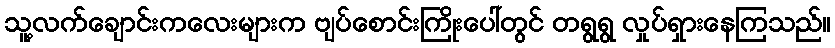
သူ့လက်ချောင်းကလေးများက ဗျပ်စောင်းကြိုးပေါ်တွင် တရွရွ လှုပ်ရှားနေကြသည်။